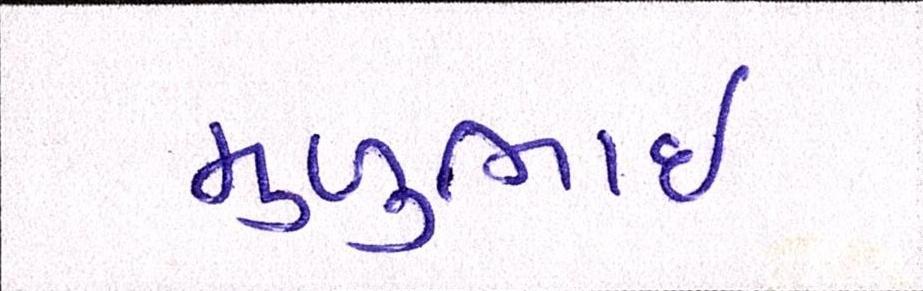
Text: મુળુભાઇ